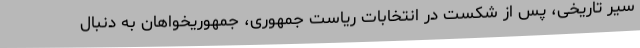
سیر تاریخی، پس از شکست در انتخابات ریاست جمهوری، جمهوریخواهان به دنبال